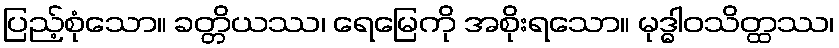
ပြည့်စုံသော။ ခတ္တိယဿ၊ ရေမြေကို အစိုးရသော။ မုဒ္ဓါဝသိတ္ထဿ၊